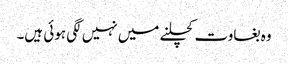
وہ بغاوت کچلنے میں نہیں لگی ہوئی ہیں۔